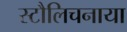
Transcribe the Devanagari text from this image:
स्टौलिचनाया